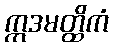
ဣဒမတ္ထိကံ